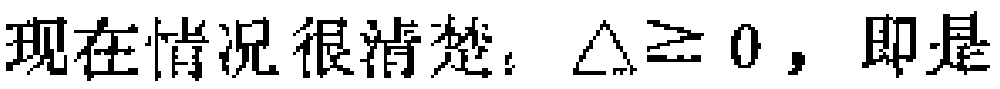
现在情况很清楚：$\Delta\geq 0$，即是